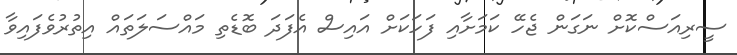
ސީރިއަސްކޮށް ނަގަން ޖެހޭ ކަމަށާއި ފަހަކަށް އައިސް އެފަދަ ބޮޑެތި މައްސަލަތައް އިތުރުވެފައިވާ